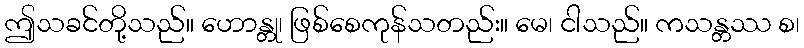
ဤသခင်တို့သည်။ ဟောန္တု၊ ဖြစ်စေကုန်သတည်း။ မေ၊ ငါသည်။ ကသန္တဿ စ၊